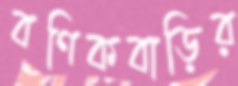
বণিকবাড়ির